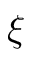
\xi